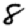
Digit: 8